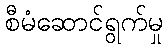
စီမံဆောင်ရွက်မှု